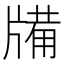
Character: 㸢